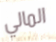
المالي